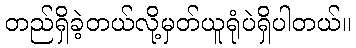
တည်ရှိခဲ့တယ်လို့မှတ်ယူရုံပဲရှိပါတယ်။